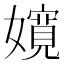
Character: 𡣚